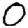
Digit: 0